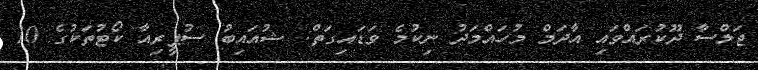
ޖަލްސާ ދޫކުރައްވައި އާދަމް މުހައްމަދު ނިކުމެ ވަޑައިގަތް: ޝުއައިބު ސުޕީރިއާ ކޯޓުތަކުގެ 10